Language: tamil
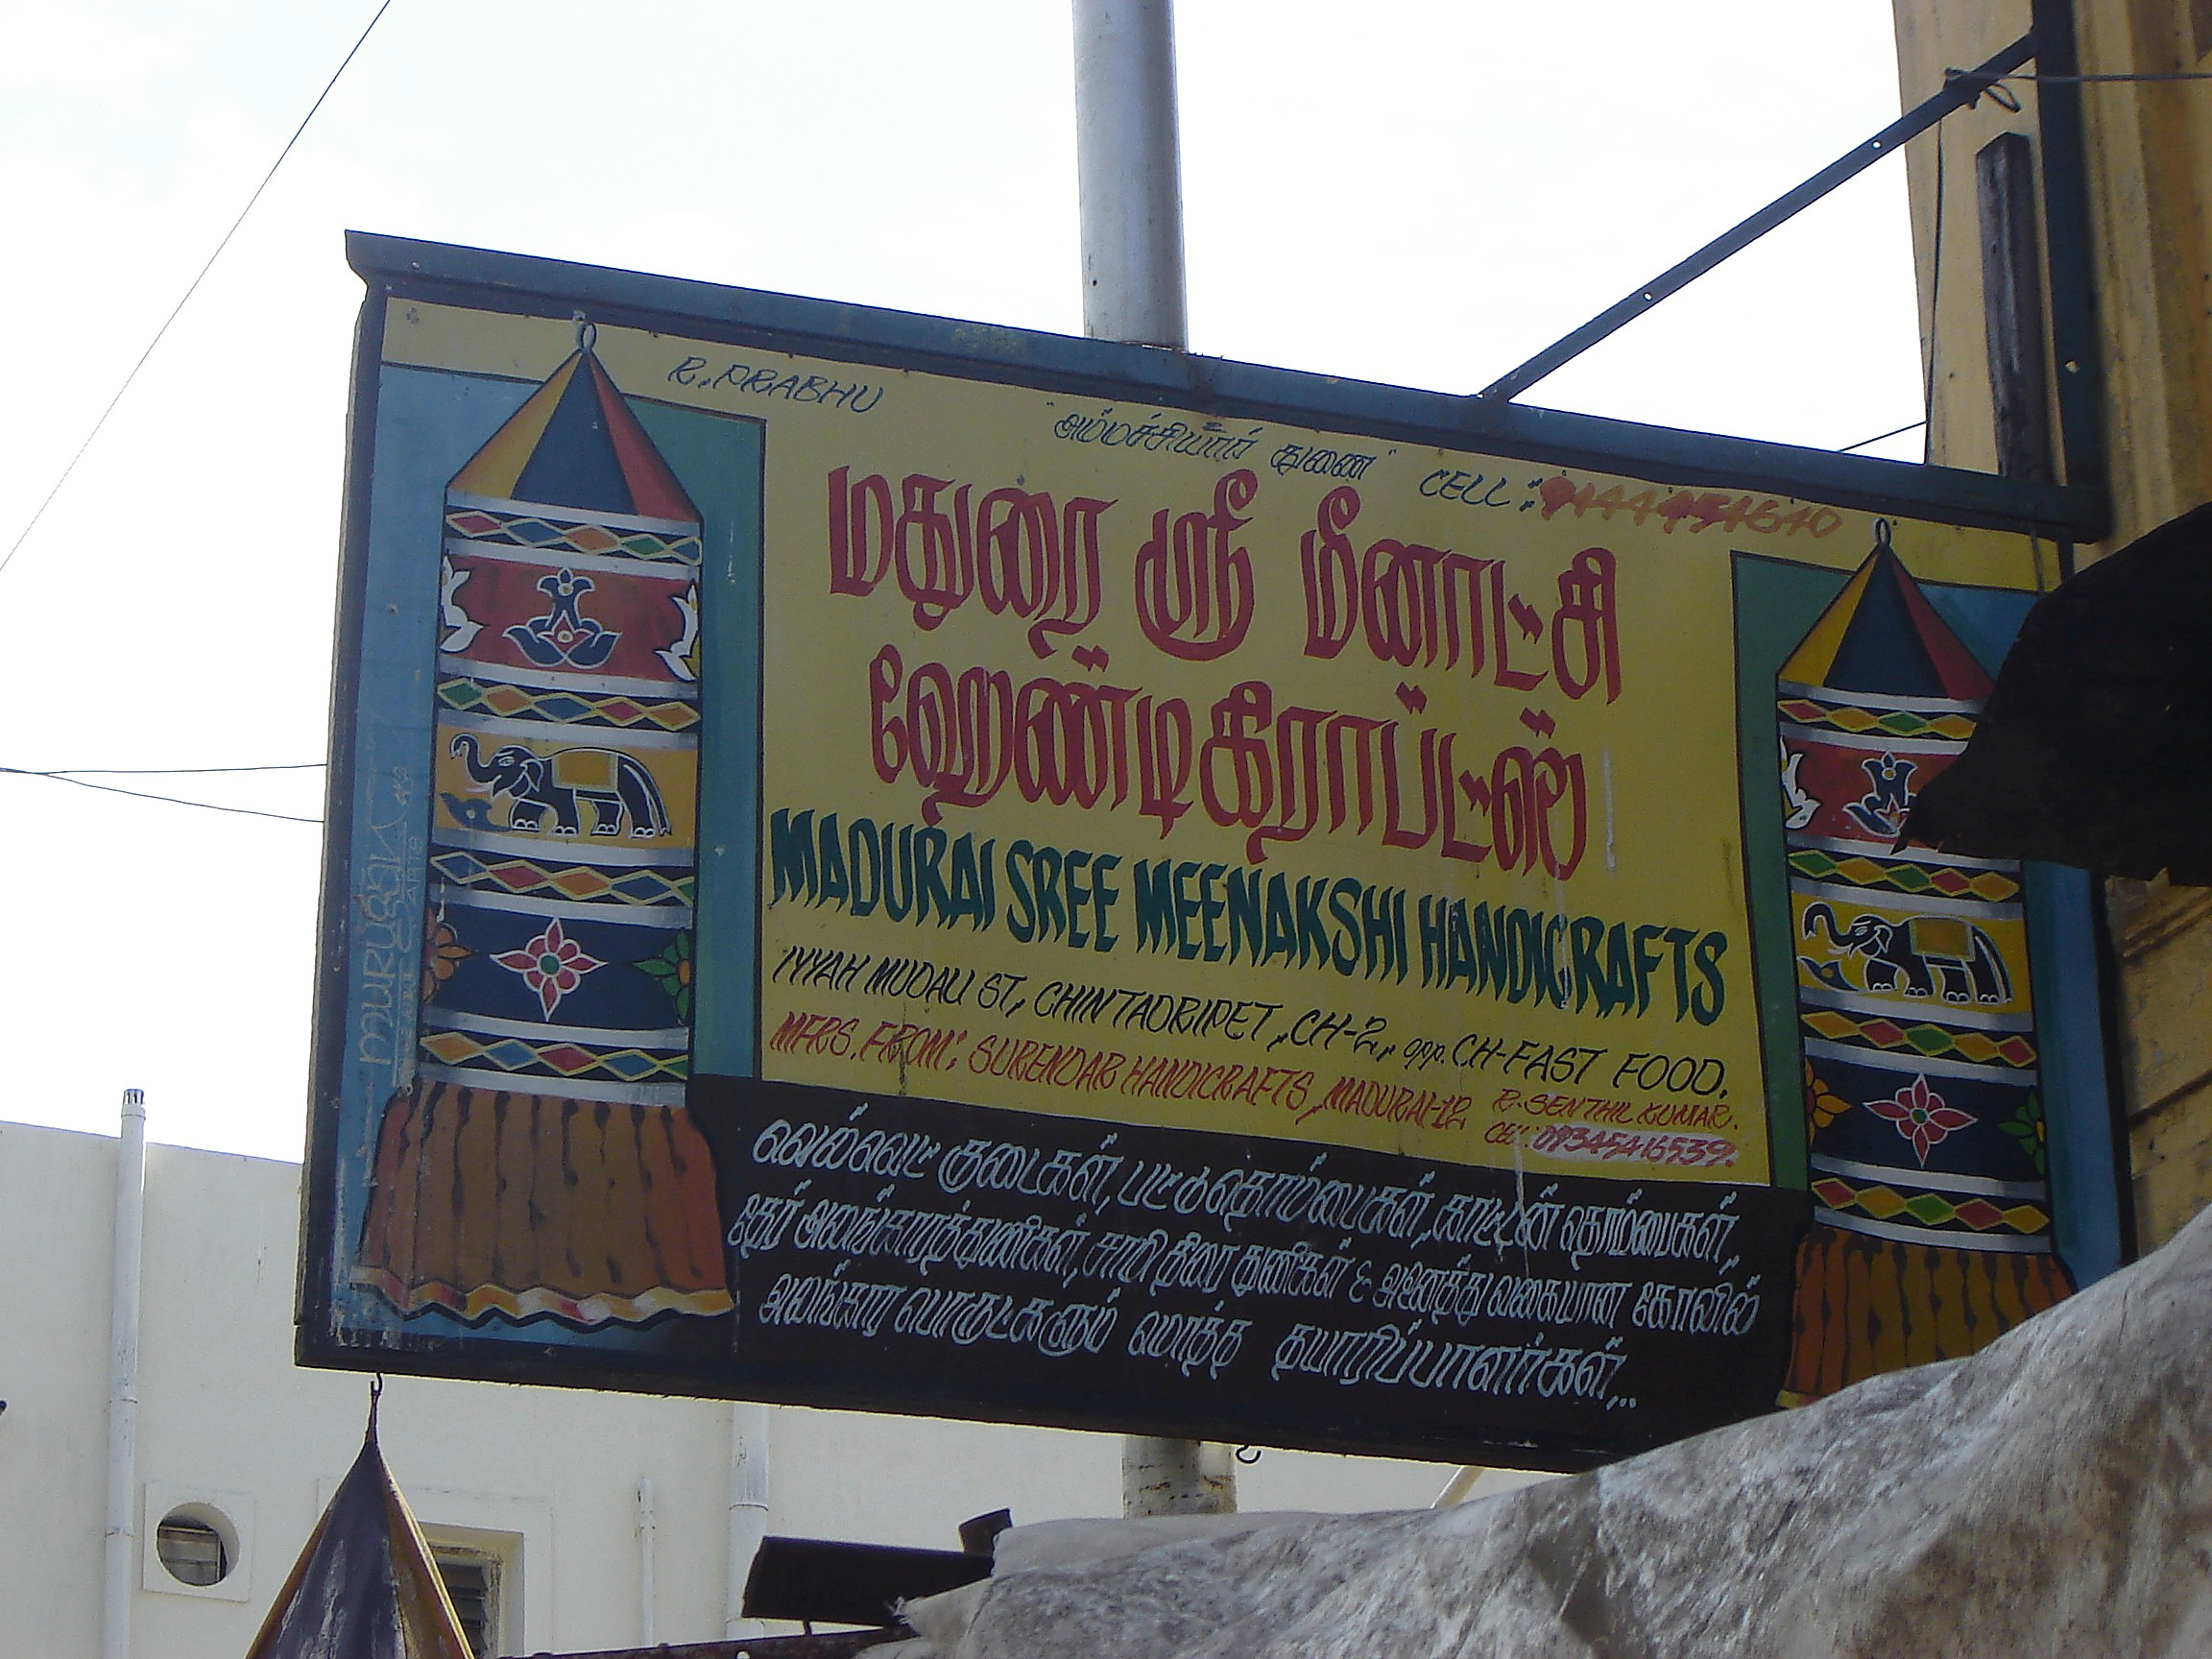
Transcription: பால் கேர் வாழும் கிராப்ட்ஸ் குடைகள் காடன் கனிகள் அனைத்து வகையான கோவில் தயாரிப்பாளர்கள் ஹேண்டி மீனாட்சி மதுரை எனக்